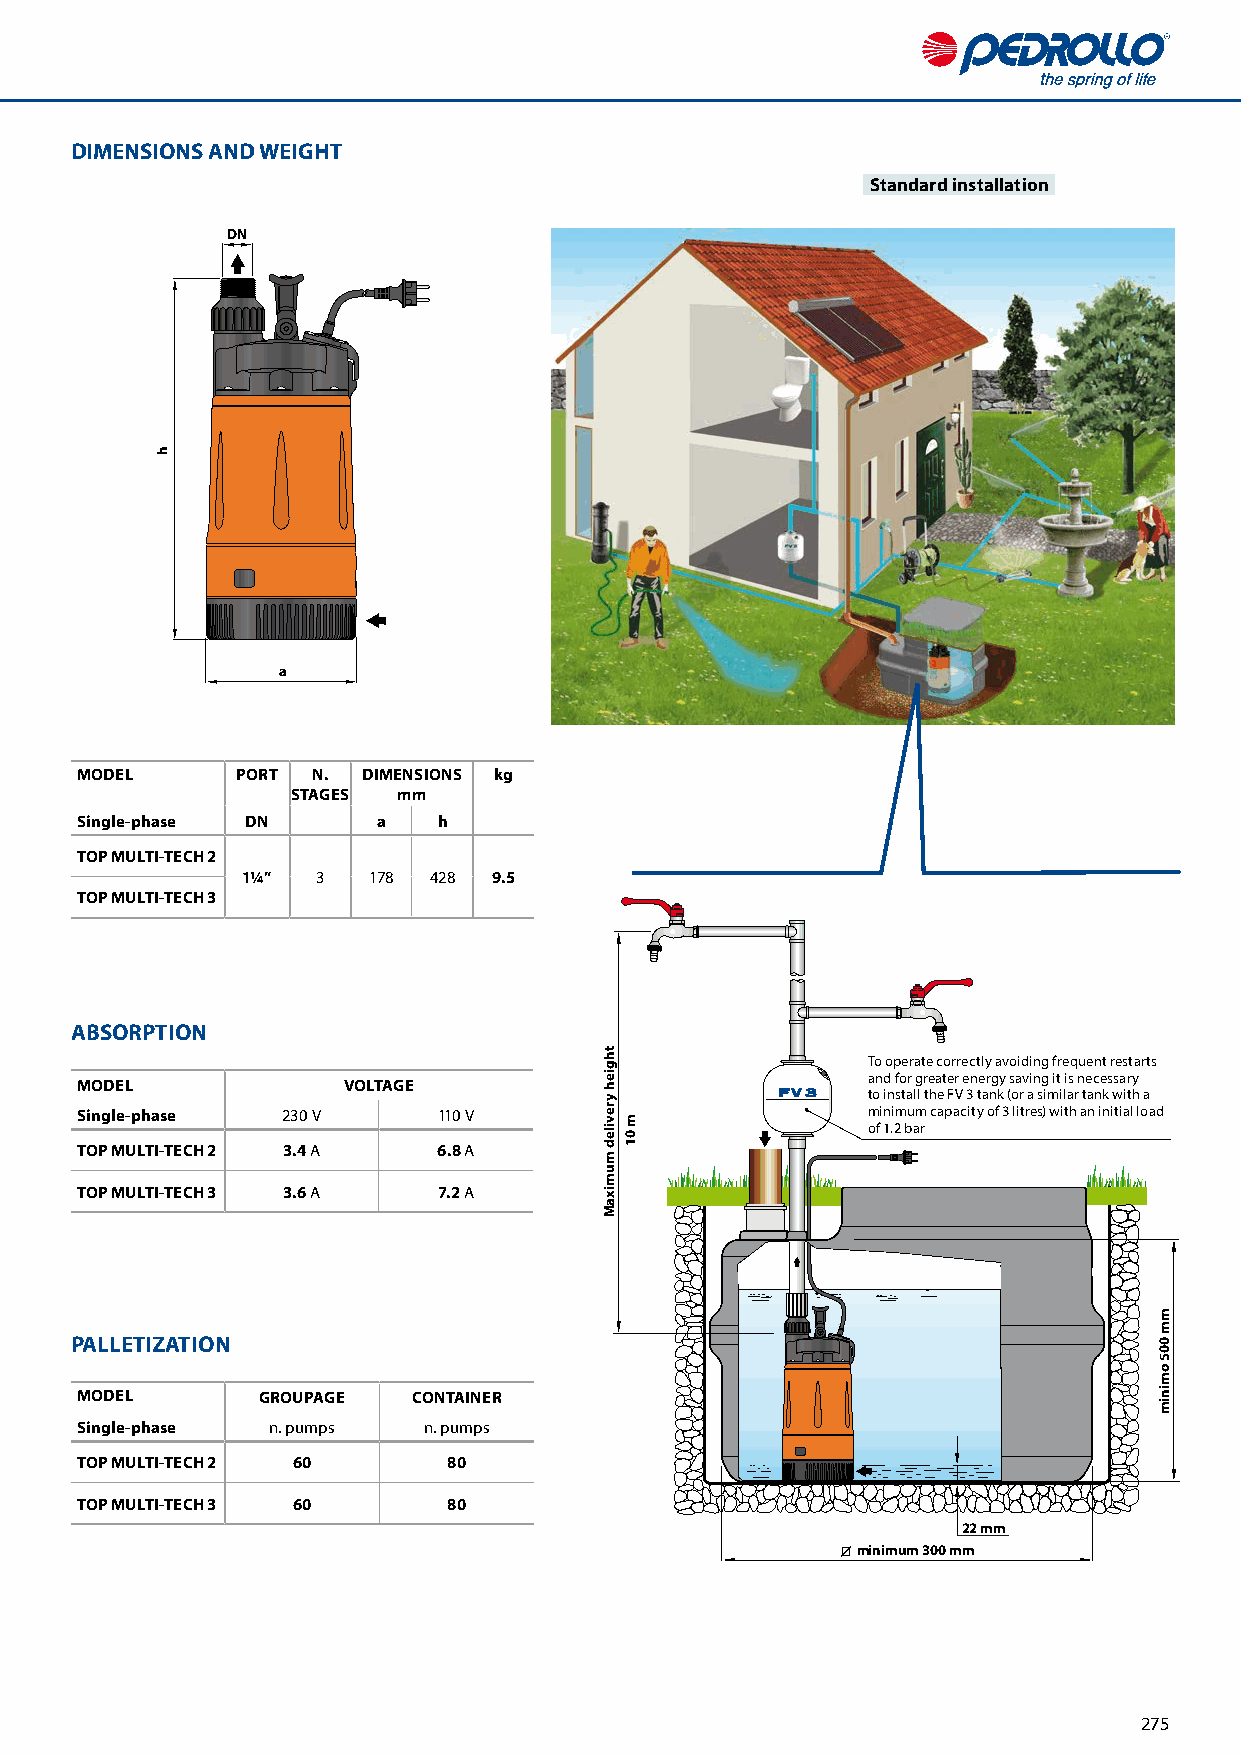
DIMENSIONS AND WEIGHT
 Standard installation
 DN
 a
 MODEL      PORT N. DIMENSIONS kg
 STAGES mm
 Single-phase DN     a   h
 TOP MULTI-TECH 2
 1¼”  3  178 428  9.5
 TOP MULTI-TECH 3
 ABSORPTION
 To operate correctly avoiding frequent restarts
 and for greater energy saving it is necessary
 MODEL             VOLTAGE
 to install the FV 3 tank (or a similar tank with a
 Single-phase  230 V     110 V                       minimum capacity of 3 litres) with an initial load
 of 1.2 bar
 TOP MULTI-TECH 2 3.4 A  6.8 A
 TOP MULTI-TECH 3 3.6 A  7.2 A
 PALLETIZATION
 MODEL       GROUPAGE  CONTAINER
 Single-phase n. pumps  n. pumps
 TOP MULTI-TECH 2 60      80
 TOP MULTI-TECH 3 60      80
 22 mm
 minimum 300 mm
 275
 h
 thgieh
 yreviled
 mumixaM
 m
 01
 mm
 005
 ominim